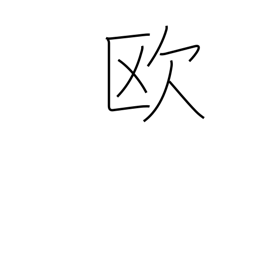
Meaning: Europe